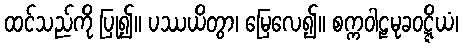
ထင်သည်ကို ပြု၍။ ပဿယိတွာ၊ မြေလေ၍။ စက္ကဝါဠမုခဝဋ္ဋိယံ၊